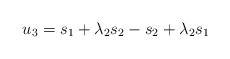
LaTeX: \begin{align*}\begin{aligned}u_3& = s_1 + \lambda_2s_2 - s_2 + \lambda_2s_1 \\\end{aligned}\end{align*}